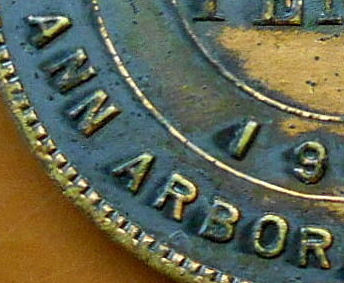
ANN ARBOR